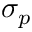
\sigma _ { p }